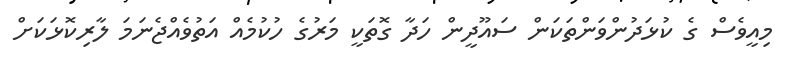
މިއީވެސް ގެ ކުޅަދުންވަންތަކަން ސައޫދީން ހަދާ ގޮތަކީ މަރުގެ ހުކުމެއް އަތުވެއްޖެނަމަ ލާރިކޮޅަކަށް